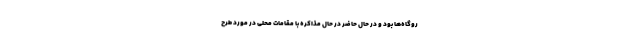
روگاه‌ها بود و در حال حاضر در حال مذاکره با مقامات محلی در مورد طرح